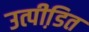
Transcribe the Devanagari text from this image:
उत्पीडि़त